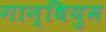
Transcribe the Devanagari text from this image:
गान्धियुम